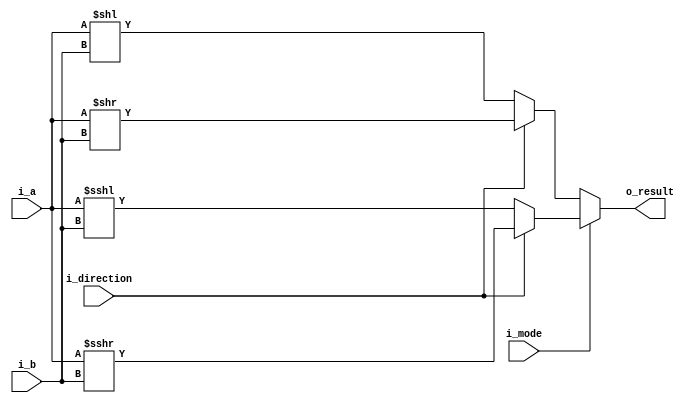
// -----------------------------------------------------------------------------
// shift operation module
// -----------------------------------------------------------------------------

module shift (
    input         i_mode, // 0: logical, 1: arithmetic (keep sign)
    input         i_direction, // 0: left, 1: right
    input  signed [31:0] i_a,
    input  signed [31:0] i_b,
    output signed [31:0] o_result
);

reg  [31:0] out;

assign o_result = out;

always @ (*) begin
    if (i_mode) begin // arithmetic ------------------------
        if (i_direction) begin // right 
	    out = i_a >>> i_b;
	end
	else begin // left
	    out = i_a <<< i_b;
	end
    end
    else begin // logical ----------------------------------
        if (i_direction) begin // right 
	    out = i_a >> i_b;
	end
	else begin // left
	    out = i_a << i_b;
	end
    end
end

endmodule